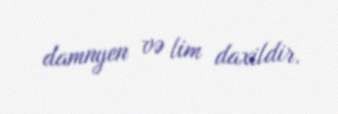
damnyen və lim daxildir.